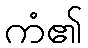
ကံ၏